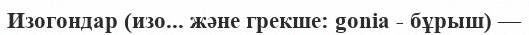
Изогондар (изо... және грекше: gonia - бұрыш) —